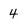
Character: 4